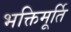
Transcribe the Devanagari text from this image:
भक्तिमूर्ति